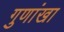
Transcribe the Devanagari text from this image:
गुणांखा